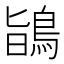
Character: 鴲